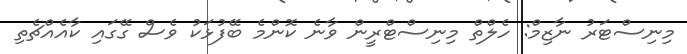
މިނިސްޓަރު ނާޒިމް: ހެލްތް މިނިސްޓްރީން ވާނެ ކޮންމެ ބޭފުޅަކު ވެސް ގޭގައި ކާއެއްޗެތި